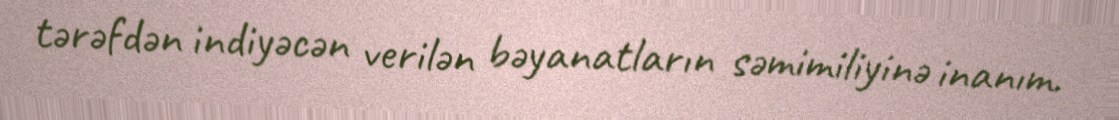
tərəfdən indiyəcən verilən bəyanatların səmimiliyinə inanım.